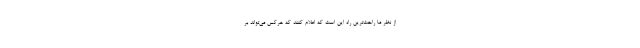
از نظر ما راحت‌ترین راه این است که اعلام کنند که هرکس می‌تواند بر